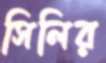
সিলির